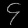
Digit: ၄